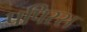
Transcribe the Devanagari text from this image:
पपिरस